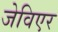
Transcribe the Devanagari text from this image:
जेविएर